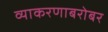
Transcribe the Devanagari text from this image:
व्याकरणाबरोबर